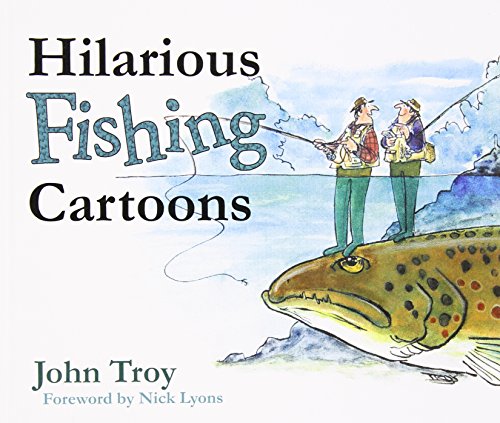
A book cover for Hilarious Fishing Cartoons; John Troy; Humor & Entertainment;